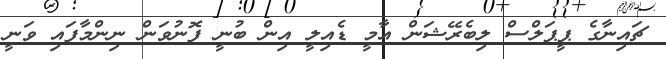
ޗައިނާގެ ޕީޕަލްސް ލިބެރޭޝަން އާމީ ޑެއިލީ އިން ބުނީ ފޮނުވަން ނިންމާފައި ވަނީ